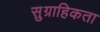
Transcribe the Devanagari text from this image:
सुग्राहिकता